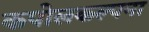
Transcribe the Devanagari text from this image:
कपोलकल्पना